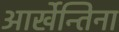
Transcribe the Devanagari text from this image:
आर्खेन्तिना